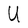
Character: U